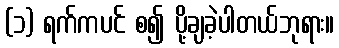
(၁) ရက်ကပင် စ၍ ပို့ချခဲ့ပါတယ်ဘုရား။